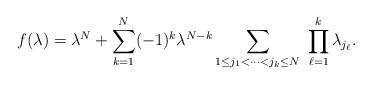
LaTeX: \begin{align*}f(\lambda)=\lambda^N+\sum_{k=1}^N(-1)^k\lambda^{N-k}\sum_{1\le j_1<\cdots<j_k\le N}\ \prod_{\ell=1}^k\lambda_{j_\ell}.\end{align*}